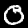
Digit: 0